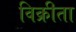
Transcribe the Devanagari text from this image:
विक्रीता